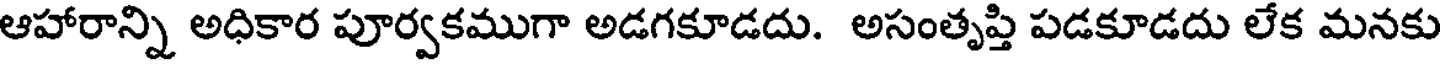
ఆహారాన్ని అధికార పూర్వకముగా అడగకూడదు. అసంతృప్తి పడకూడదు లేక మనకు